Leprosy in India: report of the Leprosy Commission in India, 1890-91
Year: 1890
Disease focus: Leprosy
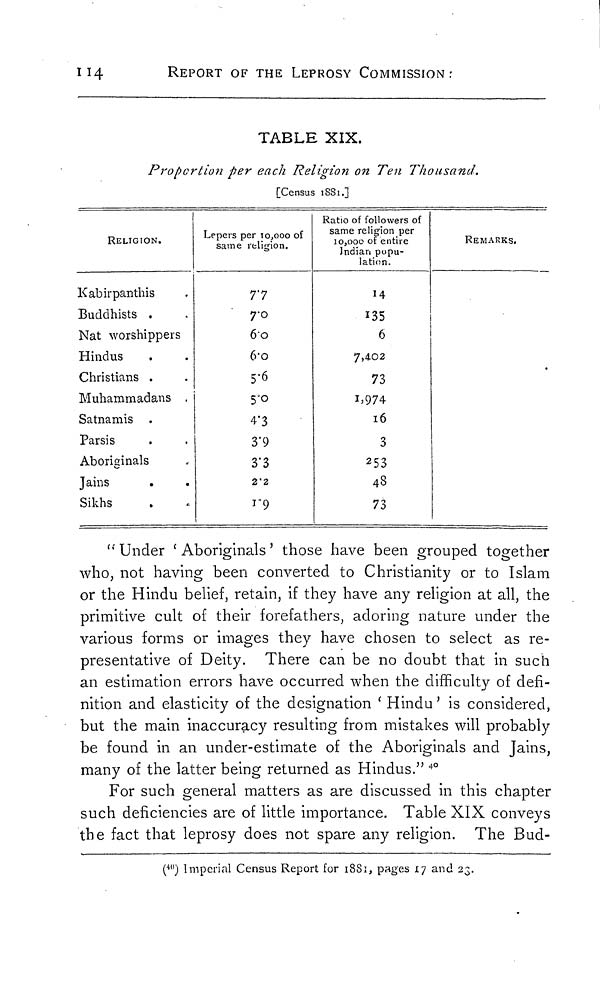
114
REPORT OF THE LEPROSY COMMISSION:
TABLE XIX.
Proportion per each Religion on Ten Thousand.
[Census 1881.]
RELIGION.
Kabirpanthis
Buddhists .
Nat worshippers
Hindus
Christians .
Muhammadans .
Satnamis
Parsis
Aboriginals
Jains
.
Sikhs
Lepers per 10,000 of
same religion.
7.7
7.0
6.0
6.o
5.6
5.o
4.3
3.9
3.3
2.2
1.9
Ratio of followers of
same religion per
10,000 of entire
Indian popu-
lation.
14
135
6
7,402
73
1,974
16
3
253
43
73
REMARKS.
“ Under ' Aboriginals ' those have been grouped together
who, not having been converted to Christianity or to Islam
or the Hindu belief, retain, if they have any religion at all, the
primitive cult of their forefathers, adoring nature under the
various forms or images they have chosen to select as re-
presentative of Deity. There can be no doubt that in such
an estimation errors have occurred when the difficulty of defi-
nition and elasticity of the designation ' Hindu ' is considered,
but the main inaccuracy resulting from mistakes will probably
be found in an under-estimate of the Aboriginals and Jains,
many of the latter being returned as Hindus." 40
For such general matters as are discussed in this chapter
such deficiencies are of little importance. Table XIX conveys
the fact that leprosy does not spare any religion. The Bud-
(40) Imperial Census Report for 1881, pages 17 and 23.